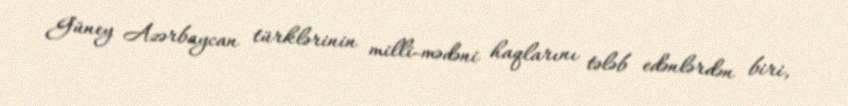
Güney Azərbaycan türklərinin milli-mədəni haqlarını tələb edənlərdən biri,